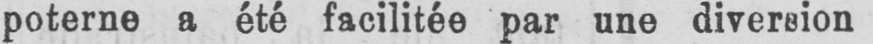
poterne a été facilitée par une diversion